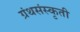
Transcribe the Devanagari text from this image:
ग्रंथसंस्‍कृती